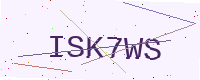
Text: ISK7WS